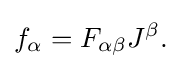
f_{\alpha }=F_{\alpha \beta }J^{\beta }.\!